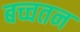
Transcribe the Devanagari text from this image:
बच्चतन